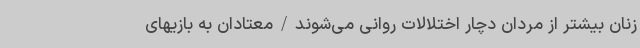
زنان بیشتر از مردان دچار اختلالات روانی می‌شوند/معتادان به بازیهای